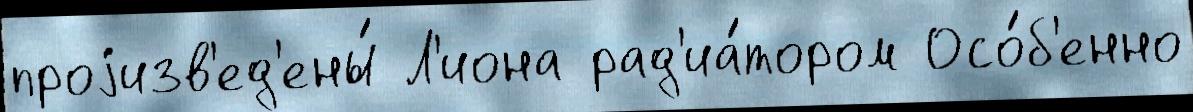
проjизв'ед'ены́ Л'иона рад'иа́тором Осо́б'енно